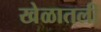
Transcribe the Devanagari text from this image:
खेळातली